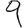
Digit: 9